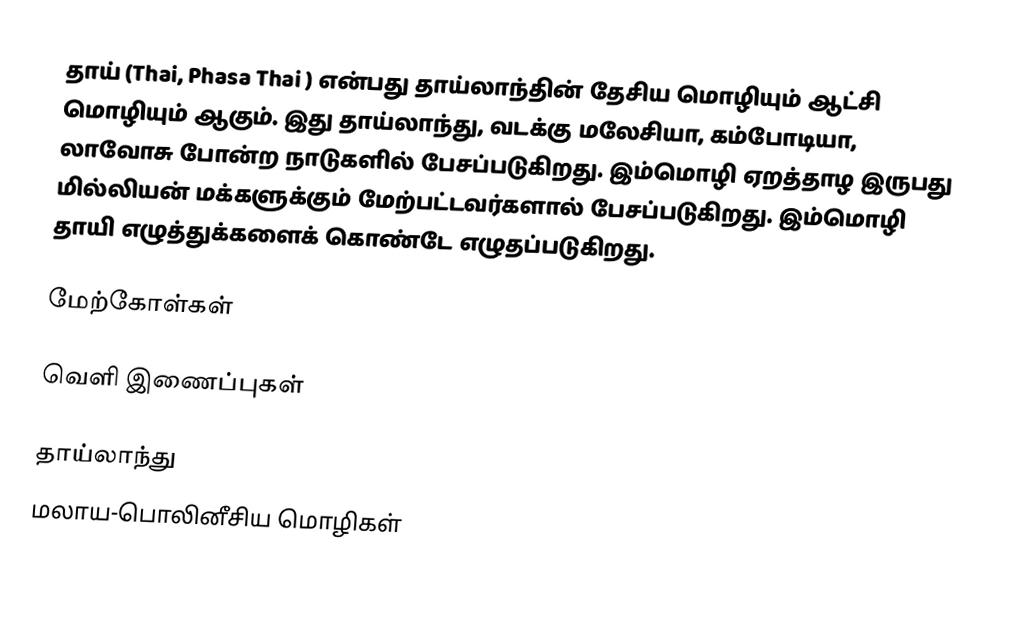
தாய் (Thai,  Phasa Thai ) என்பது தாய்லாந்தின் தேசிய மொழியும் ஆட்சி மொழியும் ஆகும். இது தாய்லாந்து, வடக்கு மலேசியா, கம்போடியா, லாவோசு போன்ற நாடுகளில் பேசப்படுகிறது. இம்மொழி ஏறத்தாழ இருபது மில்லியன் மக்களுக்கும் மேற்பட்டவர்களால் பேசப்படுகிறது. இம்மொழி தாயி எழுத்துக்களைக் கொண்டே எழுதப்படுகிறது.

மேற்கோள்கள்

வெளி இணைப்புகள்

தாய்லாந்து
மலாய-பொலினீசிய மொழிகள்